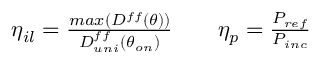
\begin{array} { r l r } { \eta _ { i l } = \frac { m a x ( D ^ { f f } ( \theta ) ) } { D _ { u n i } ^ { f f } ( \theta _ { o n } ) } } & { { } } & { \eta _ { p } = \frac { P _ { r e f } } { P _ { i n c } } } \end{array}